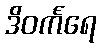
ဒိဝင်္ကရေ